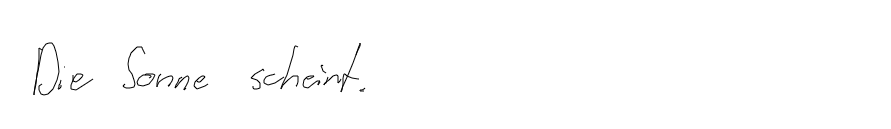
Die Sonne scheint.